Leaving Certificate Examination, 1924
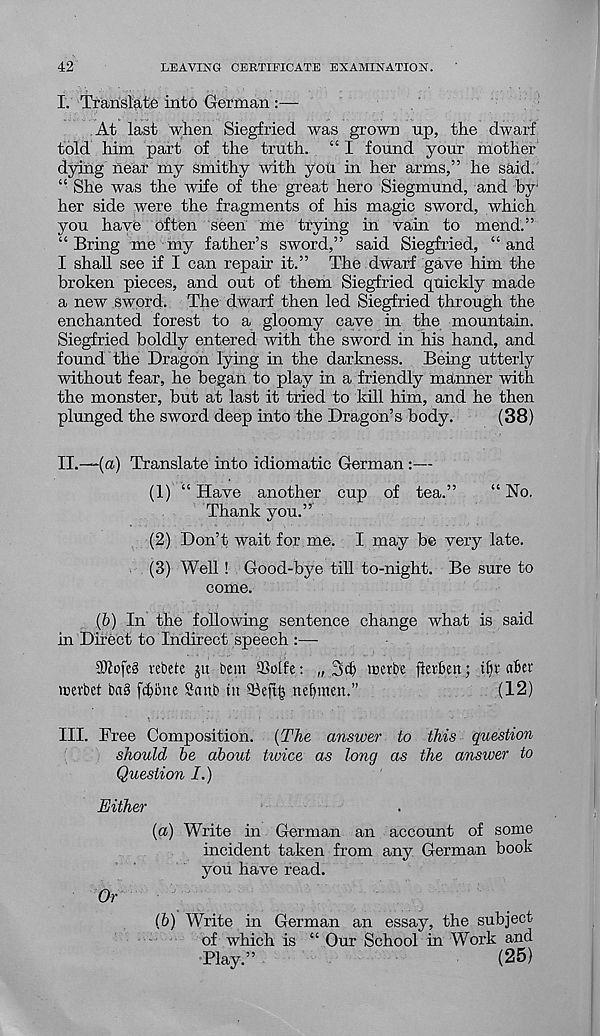
42
LEAVING CERTIFICATE EXAMINATION.
I. Translate into German :—
At last when Siegfried was grown up, the dwarf
told him part of the truth. “ I found your mother
dying near my smithy with you in her arms,” he said.
“ She was the wife of the great hero Siegmund, and by
her side were the fragments of his magic sword, which
you have often seen me trying in vain to mend.”
“ Bring me my father’s sword,” said Siegfried, “ and
I shall see if I can repair it.” The dwarf gave him the
broken pieces, and out of them Siegfried quickly made
a new sword. The dwarf then led Siegfried through the
enchanted forest to a gloomy cave in the mountain.
Siegfried boldly entered with the sword in his hand, and
found the Dragon lying in the darkness. Being utterly
without fear, he began to play in a friendly manner with
the monster, but at last it tried to kill him, and he then
plunged the sword deep into the Dragon’s body.
(38)
II.
—(a) Translate into idiomatic German :—
(1) “ Have another cup of tea.”
“ No.
Thank you.”"
(2) Don’t wait for me. I may be very late.
(3) Well! Good-bye till to-night. Be sure to
come.
(6) In the following sentence change what is said
in Direct to Indirect speech :—
3ftofe3 rebete ju bent $Mfe: „ 3$ irevbe fiefbett; il)i abcr
tcerbet ba§ fcf)tme Saub in 93eft§ nef)men.”
(12)
III. Free Composition. {The answer to this question
should he about twice as long as the answer to
Question I.)
Either
{a) Write in German an account of some
incident taken from any German book
you have read.
Or
(b) Write in German an essay, the subject
of which is “ Our School in Work and
Play.”
(25)